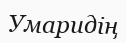
Умаридің